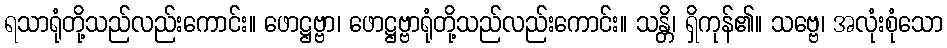
ရသာရုံတို့သည်လည်းကောင်း။ ဖောဋ္ဌဗ္ဗာ၊ ဖောဋ္ဌဗ္ဗာရုံတို့သည်လည်းကောင်း။ သန္တိ၊ ရှိကုန်၏။ သဗ္ဗေ၊ အလုံးစုံသော